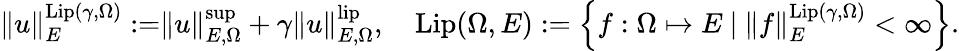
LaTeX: \begin{array}{r}{\rVert u\rVert_{E}^{\mathrm{Lip}(\gamma,\Omega)}:=\rVert u\rVert_{E,\Omega}^{\operatorname*{sup}}+\gamma\rVert u\rVert_{E,\Omega}^{\mathrm{lip}},\quad\mathrm{Lip}(\Omega,E):=\left\{ f:\Omega\mapsto E\ |\ \rVert f\rVert_{E}^{\mathrm{Lip}(\gamma,\Omega)}<\infty\right\} .}\end{array}